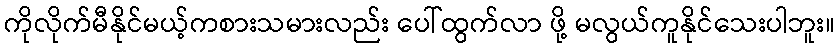
ကိုလိုက်မီနိုင်မယ့်ကစားသမားလည်း ပေါ်ထွက်လာ ဖို့ မလွယ်ကူနိုင်သေးပါဘူး။